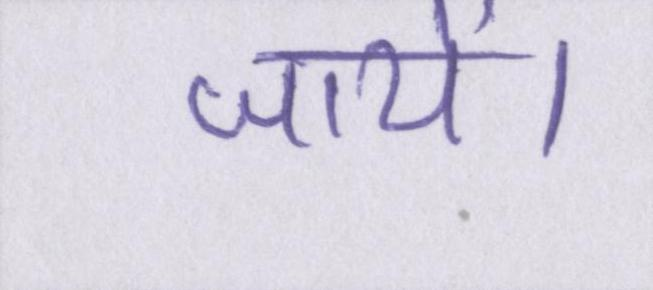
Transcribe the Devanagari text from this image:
जायें।